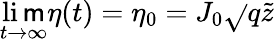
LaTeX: \operatorname*{li\mathsf{m}}_{t\rightarrow\infty}\eta(t)=\eta_{0}=J_{0}\sqrt{}{{q}}\tilde{{z}}